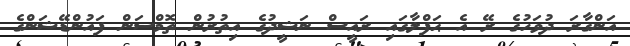
އަންގާރަ ދުވަހުގެ ރޭ އެ ޙަފްލާގައި ރައީސް ނަޝީދުގެ އިތުރުން ތޮމްސަން ފައުންޑޭޝަންގެ